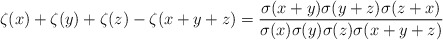
\begin{align*}\zeta(x)+\zeta(y)+\zeta(z)-\zeta(x+y+z)={\sigma(x+y)\sigma(y+z)\sigma(z+x)\over\sigma(x)\sigma(y)\sigma(z)\sigma(x+y+z)}\end{align*}